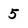
Character: 5